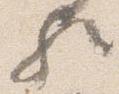
歟